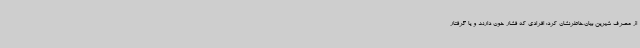
از مصرف شیرین بیان،خاطرنشان کرد: افرادی که فشار خون دارند و یا گرفتار